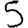
Digit: 5